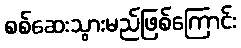
စစ်ဆေးသွားမည်ဖြစ်ကြောင်း